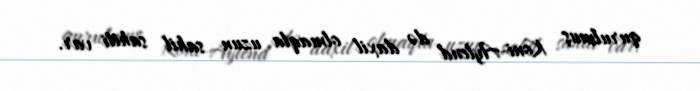
qurulmuş Koni-Aylend də daxil olmaqla uzun sahil sahili var.